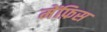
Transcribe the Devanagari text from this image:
मेंफ़िस